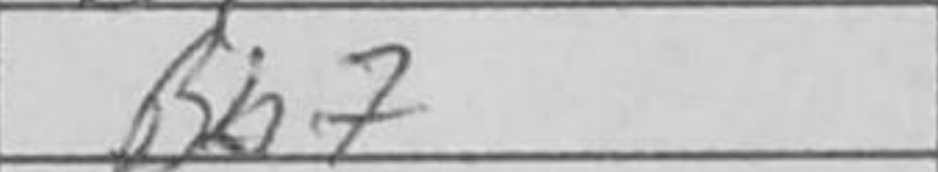
Transcription: Bh7